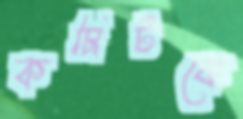
কমিটকে